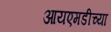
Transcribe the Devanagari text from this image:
आयएमडीच्या